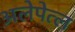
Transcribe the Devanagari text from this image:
अलेपेत्ल